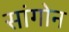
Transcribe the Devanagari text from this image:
सांगोन